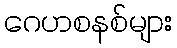
ဂေဟစနစ်များ